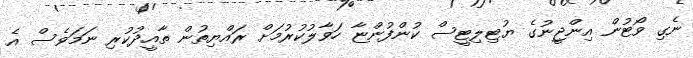
ނެގި ވޯޓުން އިންޖީނުގެ ޔުޓިލިޓީސް ކުންފުންޏާ ހަވާލުކުރުމަށް ރައްޔިތުން ތާއީދުކުރި ނަމަވެސް އެ